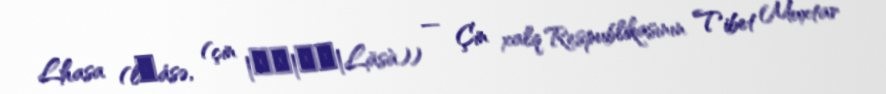
Lhasa (l̥ásə, (çin |拉薩|拉萨|Lāsà)) — Çin xalq Respublikasının Tibet Muxtar